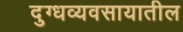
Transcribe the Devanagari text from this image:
दुग्धव्यवसायातील